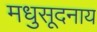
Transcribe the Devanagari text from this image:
मधुसूदनाय